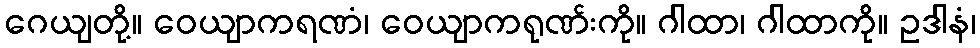
ဂေယျတို့။ ဝေယျာကရဏံ၊ ဝေယျာကရုဏ်းကို။ ဂါထာ၊ ဂါထာကို။ ဥဒါနံ၊